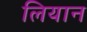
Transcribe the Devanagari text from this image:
लियान